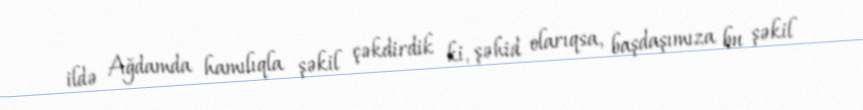
ildə Ağdamda hamılıqla şəkil çəkdirdik ki, şəhid olarıqsa, başdaşımıza bu şəkil